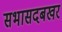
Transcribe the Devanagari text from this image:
सभासदबखर